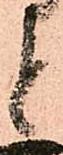
と